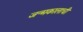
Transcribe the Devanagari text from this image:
जन्मकालाची